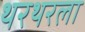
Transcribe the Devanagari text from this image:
थरथरला